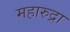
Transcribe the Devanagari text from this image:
महारुद्रा